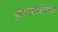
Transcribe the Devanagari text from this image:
घेण्याशिवाय